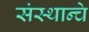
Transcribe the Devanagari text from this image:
संस्थान्चे